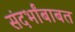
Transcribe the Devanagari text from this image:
संदर्भांबाबत